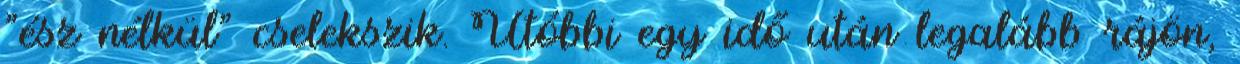
"ész nélkül" cselekszik. Utóbbi egy idő után legalább rájön,